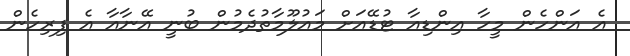
އެ އަންހެން މީހާ އިންޑިއާ ޓުޑޭއަށް މައުލޫމާތުދެމުން ބުނީ އޭނާއާ އެ ފިރިހެން